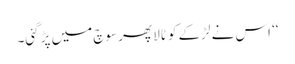
‘‘ اس نے لڑکے کو ٹالا پھر سوچ میں پڑ گئی۔